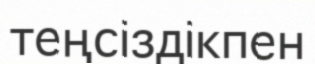
теңсіздікпен